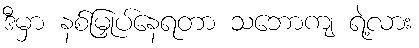
ဒီမှာ နစ်မြှုပ်နေရတာ သဘောကျ ရဲ့လား